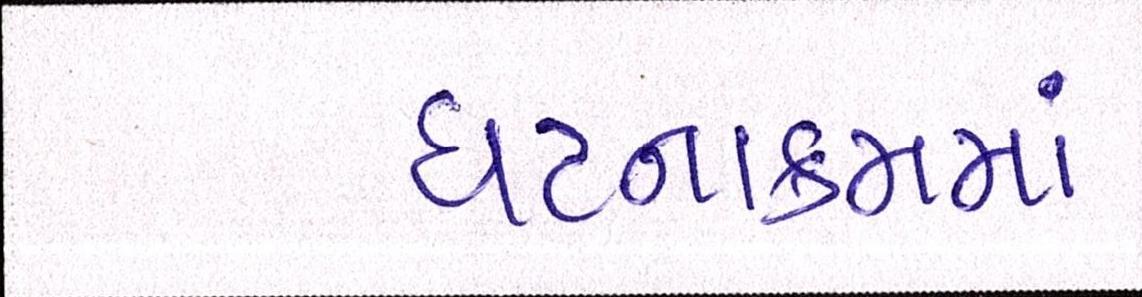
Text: ઘટનાક્રમમાં